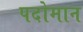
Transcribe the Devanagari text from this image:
पदोमान